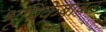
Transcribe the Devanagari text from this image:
भूमिकेबाबत